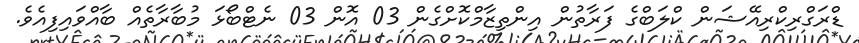
ޑްރަގްރިކްރިއޭޝަން ކްލަބްގެ ފަރާތުން އިންތިޒާމްކޮށްގެން 03 އޮން 03 ނެޓްބޯޅަ މުބާރާތެއް ބާއްވައިފިއެވެ.